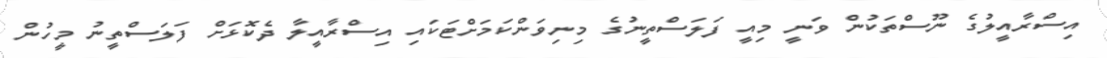
އިސްރާއީލުގެ ނޫސްތަކުން ވަނީ މިއީ ފަލަސްތީނުގެ މިނިވަންކަމަށްޓަކައި އިސްރާއީލާ ދެކޮޅަށް ފަލަސްތީނު މީހުން